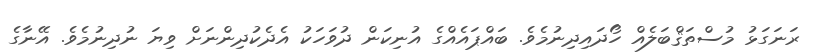
ރަނަގަޅު މުސްތަޤްބަލެއް ހޯދައިދިނުމެވެ. ބައްޕައެއްގެ އުނިކަން ދުވަހަކު އެދެކުދިންނަށް ވިޔަ ނުދިނުމެވެ. އޭނާގެ